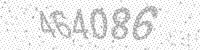
Solution: 464086